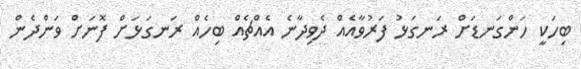
ބިހަކީ ހަންގަނޑަށް ރަނގަޅު ފަރުވާއެއް ދެވިދާނެ އެއްޗެއް ބިހެއް ރަނގަޅަށް ފޮނަށް ވަންދެން